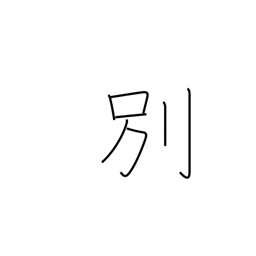
Meaning: diverge